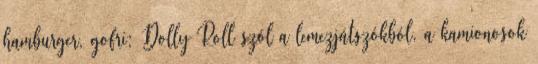
hamburger, gofri; Dolly Roll szól a lemezjátszókból, a kamionosok